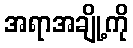
အရာအချို့ကို